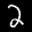
Label: 2